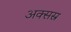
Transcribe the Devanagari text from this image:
अक्सस्र